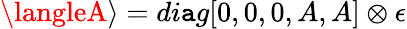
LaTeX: \langleA\rangle=di\mathtt{a}g[0,0,0,A,A]\otimes\epsilon